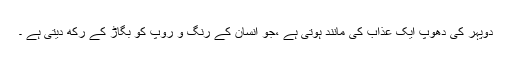
دوپہر کی دھوپ ایک عذاب کی مانند ہوتی ہے ،جو انسان کے رنگ و روپ کو بگاڑ کے رکھ دیتی ہے ۔